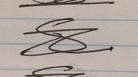
Signature authenticity: forged